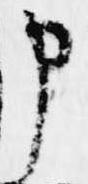
申